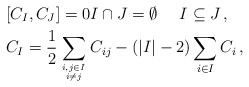
\begin{align*}& [C_I,C_J]=0 I \cap J =\emptyset\ \ \ \ I\subseteq J \,, \\& C_I=\frac{1}{2}\sum_{i,j\in I \atop i\neq j} C_{ij} -( |I|-2 ) \sum_{i\in I} C_i\,,\end{align*}